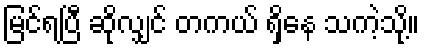
မြင်ရပြီ ဆိုလျှင် တကယ် ရှိနေ သကဲ့သို့။